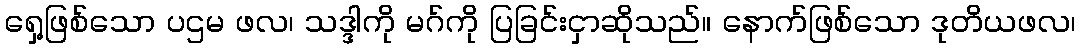
ရှေ့ဖြစ်သော ပဌမ ဖလ၊ သဒ္ဒါကို မဂ်ကို ပြခြင်းငှာဆိုသည်။ နောက်ဖြစ်သော ဒုတိယဖလ၊